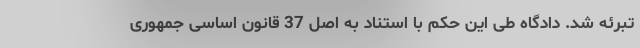
تبرئه شد. دادگاه طی این حکم با استناد به اصل 37 قانون اساسی جمهوری